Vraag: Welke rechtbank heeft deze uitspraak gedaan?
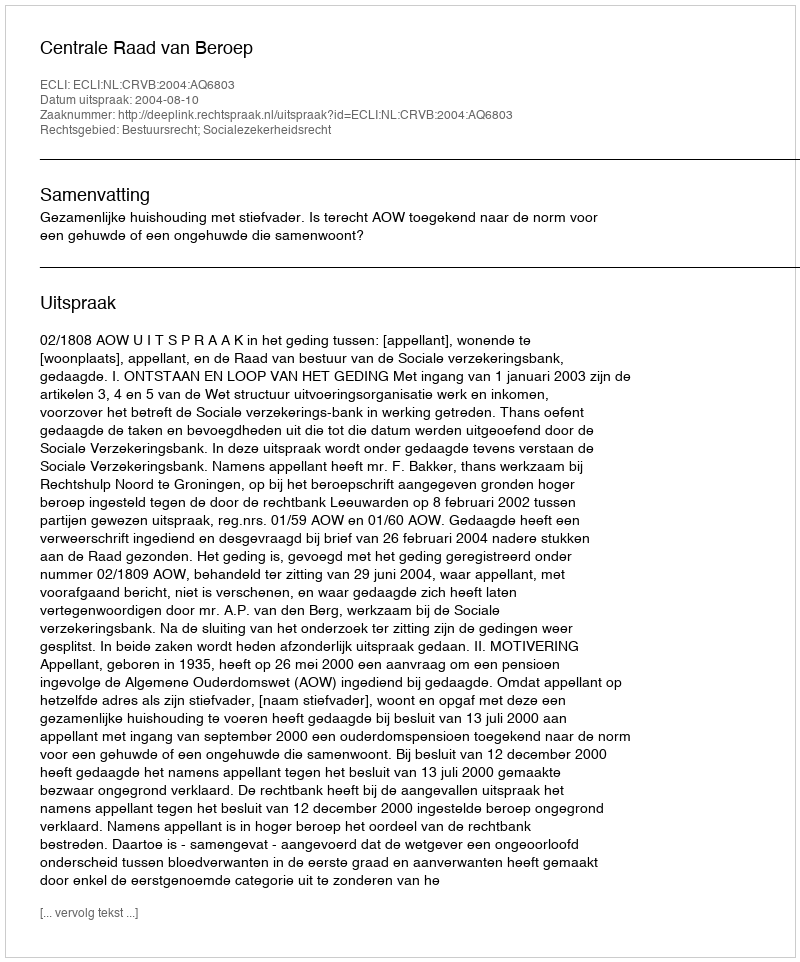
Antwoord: Centrale Raad van Beroep